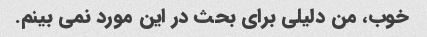
خوب، من دلیلی برای بحث در این مورد نمی بینم.